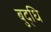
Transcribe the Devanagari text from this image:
बुद्धि